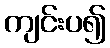
ကျင်းပ၍